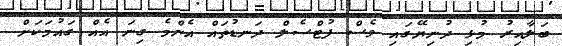
ބަލާއިރު މުޅި ދުނިޔޭގައި ވެސް ފުޓްސެލް ދަނޑުތައް އެންމެ ގިނަ އެއް ގައުމަކަށް